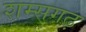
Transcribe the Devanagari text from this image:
शम्सगढ़